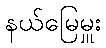
နယ်မြေမှူး